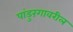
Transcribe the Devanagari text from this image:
पांडुरंगावरील